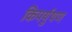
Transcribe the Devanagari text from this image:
किपर्युषण